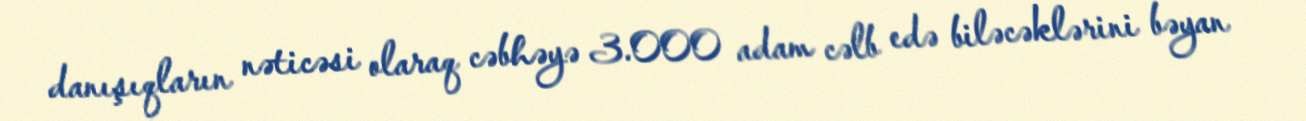
danışıqların nəticəsi olaraq cəbhəyə 3.000 adam cəlb edə biləcəklərini bəyan